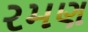
રમણ